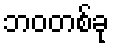
ဘဝတစ်ခု